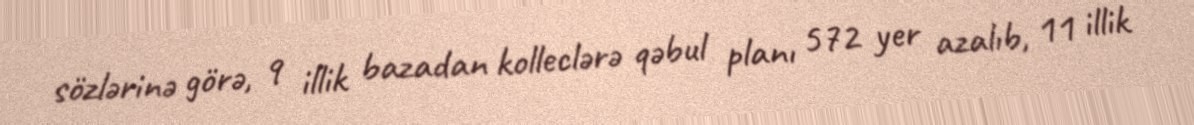
sözlərinə görə, 9 illik bazadan kolleclərə qəbul planı 572 yer azalıb, 11 illik